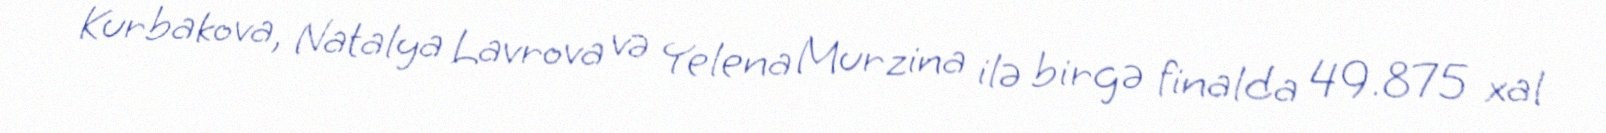
Kurbakova, Natalya Lavrova və Yelena Murzina ilə birgə finalda 49.875 xal